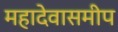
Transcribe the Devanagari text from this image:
महादेवासमीप